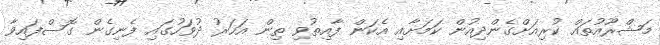
މަޝްރޫއުތައް ކުރިއަށްގެންދިއުން ކަމަށާއި އެކަން ފާއިތުވި ތިން އަހަރު ދުވަހުގައި ފެނިގެން ގޮސްފައިވާ